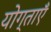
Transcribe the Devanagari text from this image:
योग्ताएँ